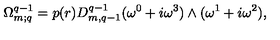
\Omega _ { m ; q } ^ { q - 1 } = p ( r ) D _ { m , q - 1 } ^ { q - 1 } ( \omega ^ { 0 } + i \omega ^ { 3 } ) \wedge ( \omega ^ { 1 } + i \omega ^ { 2 } ) ,